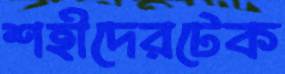
শহীদেরটেক